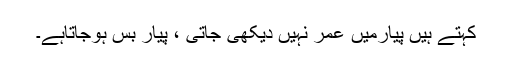
کہتے ہیں پیارمیں عمر نہیں دیکھی جاتی ، پیار بس ہوجاتاہے۔